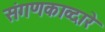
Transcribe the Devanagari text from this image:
संगणकाव्दारे